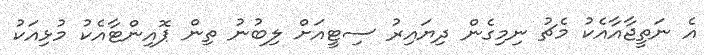
އެ ނަތީޖާއާއެކު މެޗު ނިމިގެން ދިޔައިރު ސިޓީއަށް ލިބުނު ތިން ޕޮއިންޓާއެކު މުޅިއަކު